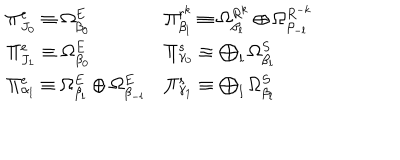
\begin{array} { l l } { { \Pi _ { J _ { 0 } } ^ { e } \equiv \Omega _ { \beta _ { 0 } } ^ { E } } } & { { \Pi _ { \beta _ { l } } ^ { r ^ { k } } \equiv \Omega _ { \beta _ { l } } ^ { R ^ { k } } \oplus \Omega _ { \beta _ { - l } } ^ { R ^ { - k } } } } \\ { { \Pi _ { J _ { 1 } } ^ { e } \equiv \Omega _ { \beta _ { 0 } } ^ { E } } } & { { \Pi _ { \gamma _ { 0 } } ^ { s } \equiv \bigoplus _ { l } \Omega _ { \beta _ { l } } ^ { S } } } \\ { { \Pi _ { \alpha _ { l } } ^ { e } \equiv \Omega _ { \beta _ { l } } ^ { E } \oplus \Omega _ { \beta _ { - l } } ^ { E } } } & { { \Pi _ { \gamma _ { 1 } } ^ { s } \equiv \bigoplus _ { l } \Omega _ { \beta _ { l } } ^ { S } } } \\ \end{array}